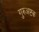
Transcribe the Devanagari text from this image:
गुरुअष्टक